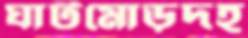
ঘাটমোড়দহ